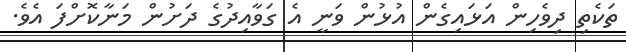
ތަކެތި ދިވެހިން އަޅައިގެން އުޅުން ވަނީ އެ ގަވާއިދުގެ ދަށުން މަނާކޮށްފަ އެވެ.